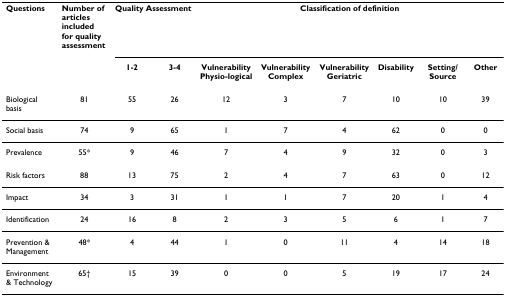
<table><thead><tr><td><b>Questions</b></td><td><b>Number of articles included for quality assessment</b></td><td colspan="2"><b>Quality Assessment</b></td><td colspan="6"><b>Classification of definition</b></td></tr><tr><td></td><td></td><td><b>1-2</b></td><td><b>3-4</b></td><td><b>VulnerabilityPhysio-logical</b></td><td><b>VulnerabilityComplex</b></td><td><b>VulnerabilityGeriatric</b></td><td><b>Disability</b></td><td><b>Setting/Source</b></td><td><b>Other</b></td></tr></thead><tbody><tr><td>Biological basis</td><td>81</td><td>55</td><td>26</td><td>12</td><td>3</td><td>7</td><td>10</td><td>10</td><td>39</td></tr><tr><td>Social basis</td><td>74</td><td>9</td><td>65</td><td>1</td><td>7</td><td>4</td><td>62</td><td>0</td><td>0</td></tr><tr><td>Prevalence</td><td>55*</td><td>9</td><td>46</td><td>7</td><td>4</td><td>9</td><td>32</td><td>0</td><td>3</td></tr><tr><td>Risk factors</td><td>88</td><td>13</td><td>75</td><td>2</td><td>4</td><td>7</td><td>63</td><td>0</td><td>12</td></tr><tr><td>Impact</td><td>34</td><td>3</td><td>31</td><td>1</td><td>1</td><td>7</td><td>20</td><td>1</td><td>4</td></tr><tr><td>Identification</td><td>24</td><td>16</td><td>8</td><td>2</td><td>3</td><td>5</td><td>6</td><td>1</td><td>7</td></tr><tr><td>Prevention &amp; Management</td><td>48*</td><td>4</td><td>44</td><td>1</td><td>0</td><td>11</td><td>4</td><td>14</td><td>18</td></tr><tr><td>Environment &amp; Technology</td><td>65†</td><td>15</td><td>39</td><td>0</td><td>0</td><td>5</td><td>19</td><td>17</td><td>24</td></tr></tbody></table>